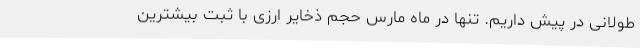
طولانی در پیش داریم. تنها در ماه مارس حجم ذخایر ارزی با ثبت بیشترین